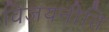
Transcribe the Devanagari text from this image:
विजयनीति